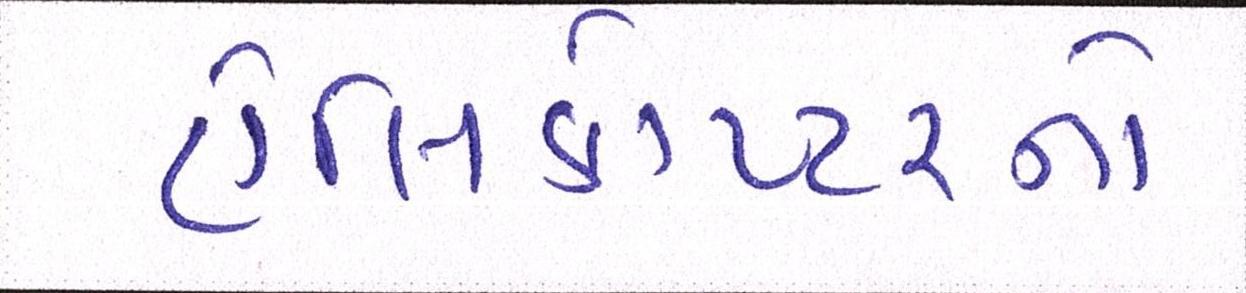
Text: હેલિકોપ્ટરનો